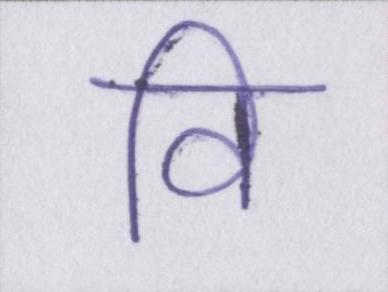
वि